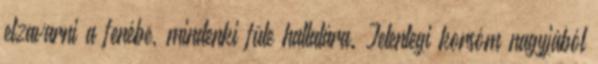
elzavarni a fenébe, mindenki füle hallatára. Jelenlegi korsóm nagyjából